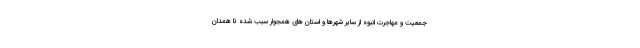
جمعیت و مهاجرت انبوه از سایر شهرها و استان های همجوار سبب شده تا همدان